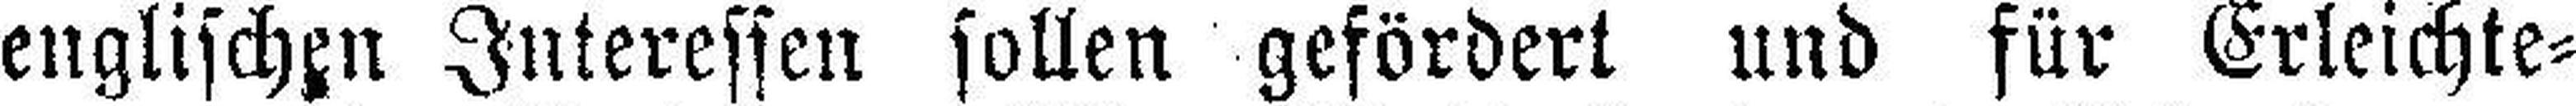
englischen Interessen sollen gefördert und für Erleichte¬